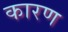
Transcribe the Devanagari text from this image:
कारण